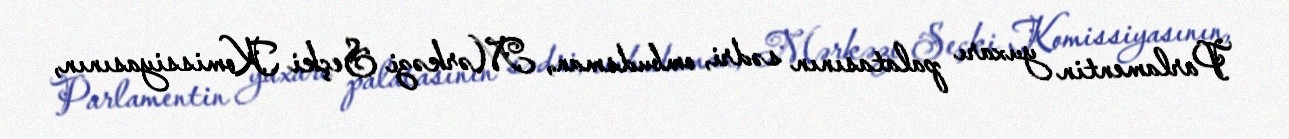
Parlamentin yuxarı palatasının sədri, ombudsman, Mərkəzi Seçki Komissiyasının,